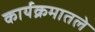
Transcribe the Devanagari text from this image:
कार्यक्रमातले